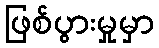
ဖြစ်ပွားမှုမှာ